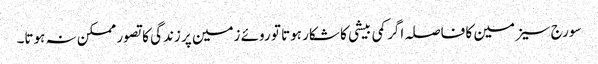
سورج سیزمین کا فاصلہ اگر کمی بیشی کا شکار ہوتا تو روئے زمین پر زندگی کا تصور ممکن نہ ہوتا۔